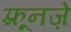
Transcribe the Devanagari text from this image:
फ़्रूनज़े